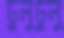
ঢুলুঢুলু